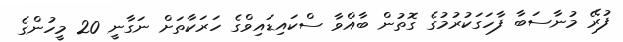
ފުރޭ މުނާސަބާ ފާހަގަކުރުމުގެ ގޮތުން ބާއްވާ ސްކައިޑައިވްގެ ހަރަކާތަށް ނަގާނީ 20 މީހުންގެ